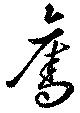
奪